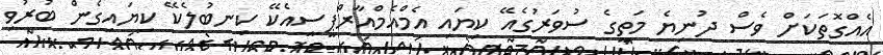
އެއްގޮތަކަށް ވެސް ދުނިޔެ މަތީގެ ސުވަރުގެއޭ ކިޔައި އެމްއެމްއާރްޕީސީއެކޭ ކިނބުލެކޭ ކިޔައިގެން ބުރުވި